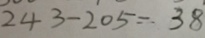
2 4 3 - 2 0 5 = 3 8